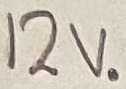
Text: 12V.